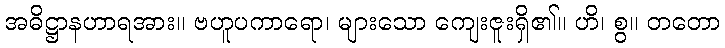
အဓိဋ္ဌာနဟာရအား။ ဗဟူပကာရော၊ များသော ကျေးဇူးရှိ၏။ ဟိ၊ စွ။ တတော